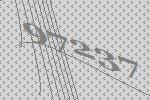
97237